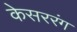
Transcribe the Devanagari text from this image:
केसररंग